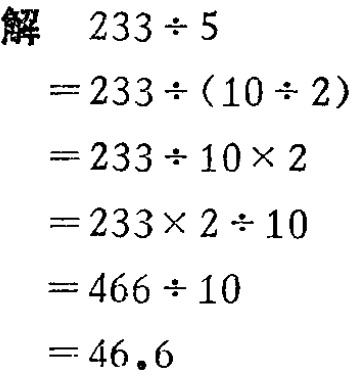
```
解 \(233\div5\)
\(=233\div(10\div2)\)
\(=233\div10\times2\)
\(=233\times2\div10\)
\(=466\div10\)
\(=46.6\)
```